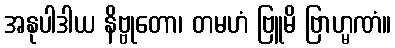
အနုပါဒါယ နိဗ္ဗုတော၊ တမဟံ ဗြူမိ ဗြာဟ္မဏံ။